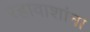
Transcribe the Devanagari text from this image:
रहावाशांना